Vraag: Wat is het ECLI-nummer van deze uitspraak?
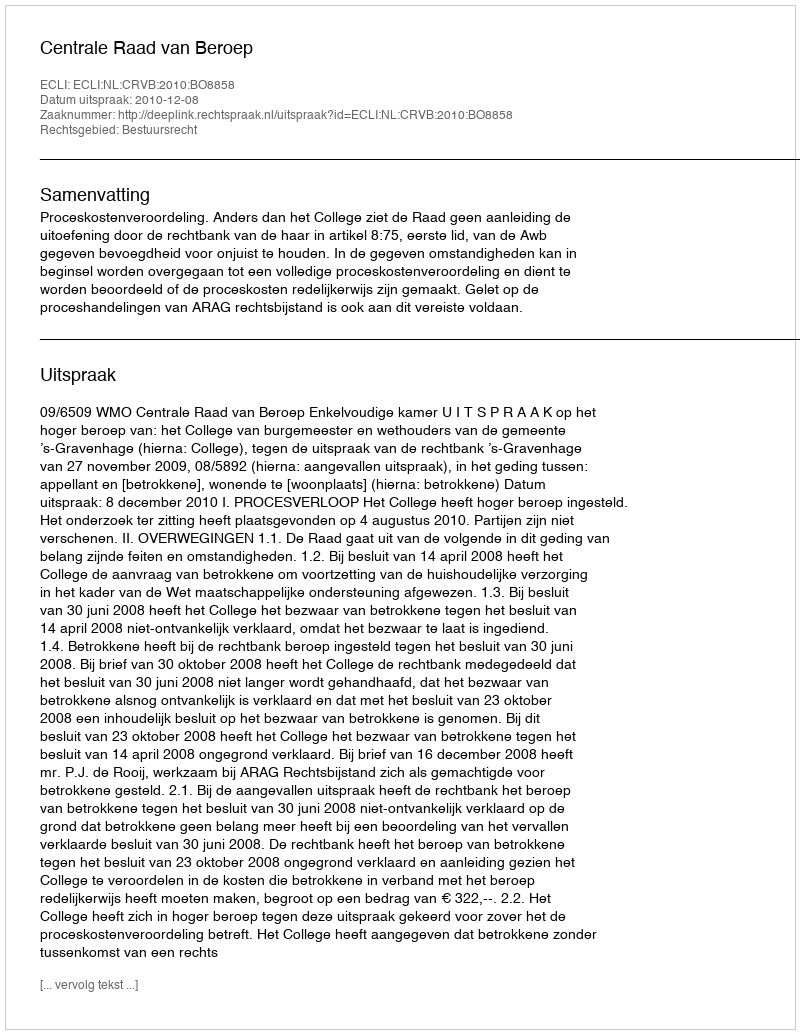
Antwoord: ECLI:NL:CRVB:2010:BO8858